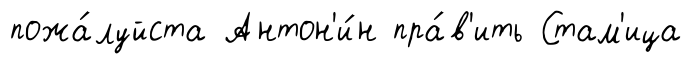
пожа́луйста Антон'и́н пра́в'ить Стам'ица